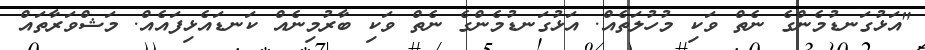
"އަޅުގަނޑުމެންގެ ނެތް ވަކި މުހުލަތެއް. އަޅުގަނޑުމެންގެ ނެތް ވަކި ބާރުމިނެއް ކަނޑައެޅިފައެއް. މަޝްވަރާތައް